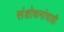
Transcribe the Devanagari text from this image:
संशोधनांचाही